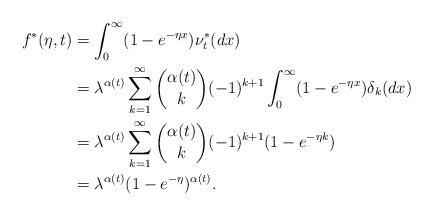
LaTeX: \begin{align*}f^{\ast }(\eta ,t )& =\int_{0}^{\infty }(1-e^{-\eta x})\nu _{t}^{\ast}(dx) \\& =\lambda ^{\alpha (t)}\sum_{k=1}^{\infty }\binom{\alpha (t)}{k}(-1)^{k+1}\int_{0}^{\infty }(1-e^{-\eta x})\delta _{k}(dx) \\& =\lambda ^{\alpha (t)}\sum_{k=1}^{\infty }\binom{\alpha (t)}{k}(-1)^{k+1}(1-e^{-\eta k}) \\& =\lambda ^{\alpha (t)}(1-e^{-\eta })^{\alpha (t)}.\end{align*}